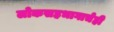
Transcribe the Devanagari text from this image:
लोकसहभागाचेही